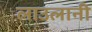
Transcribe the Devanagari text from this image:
लाउलानी